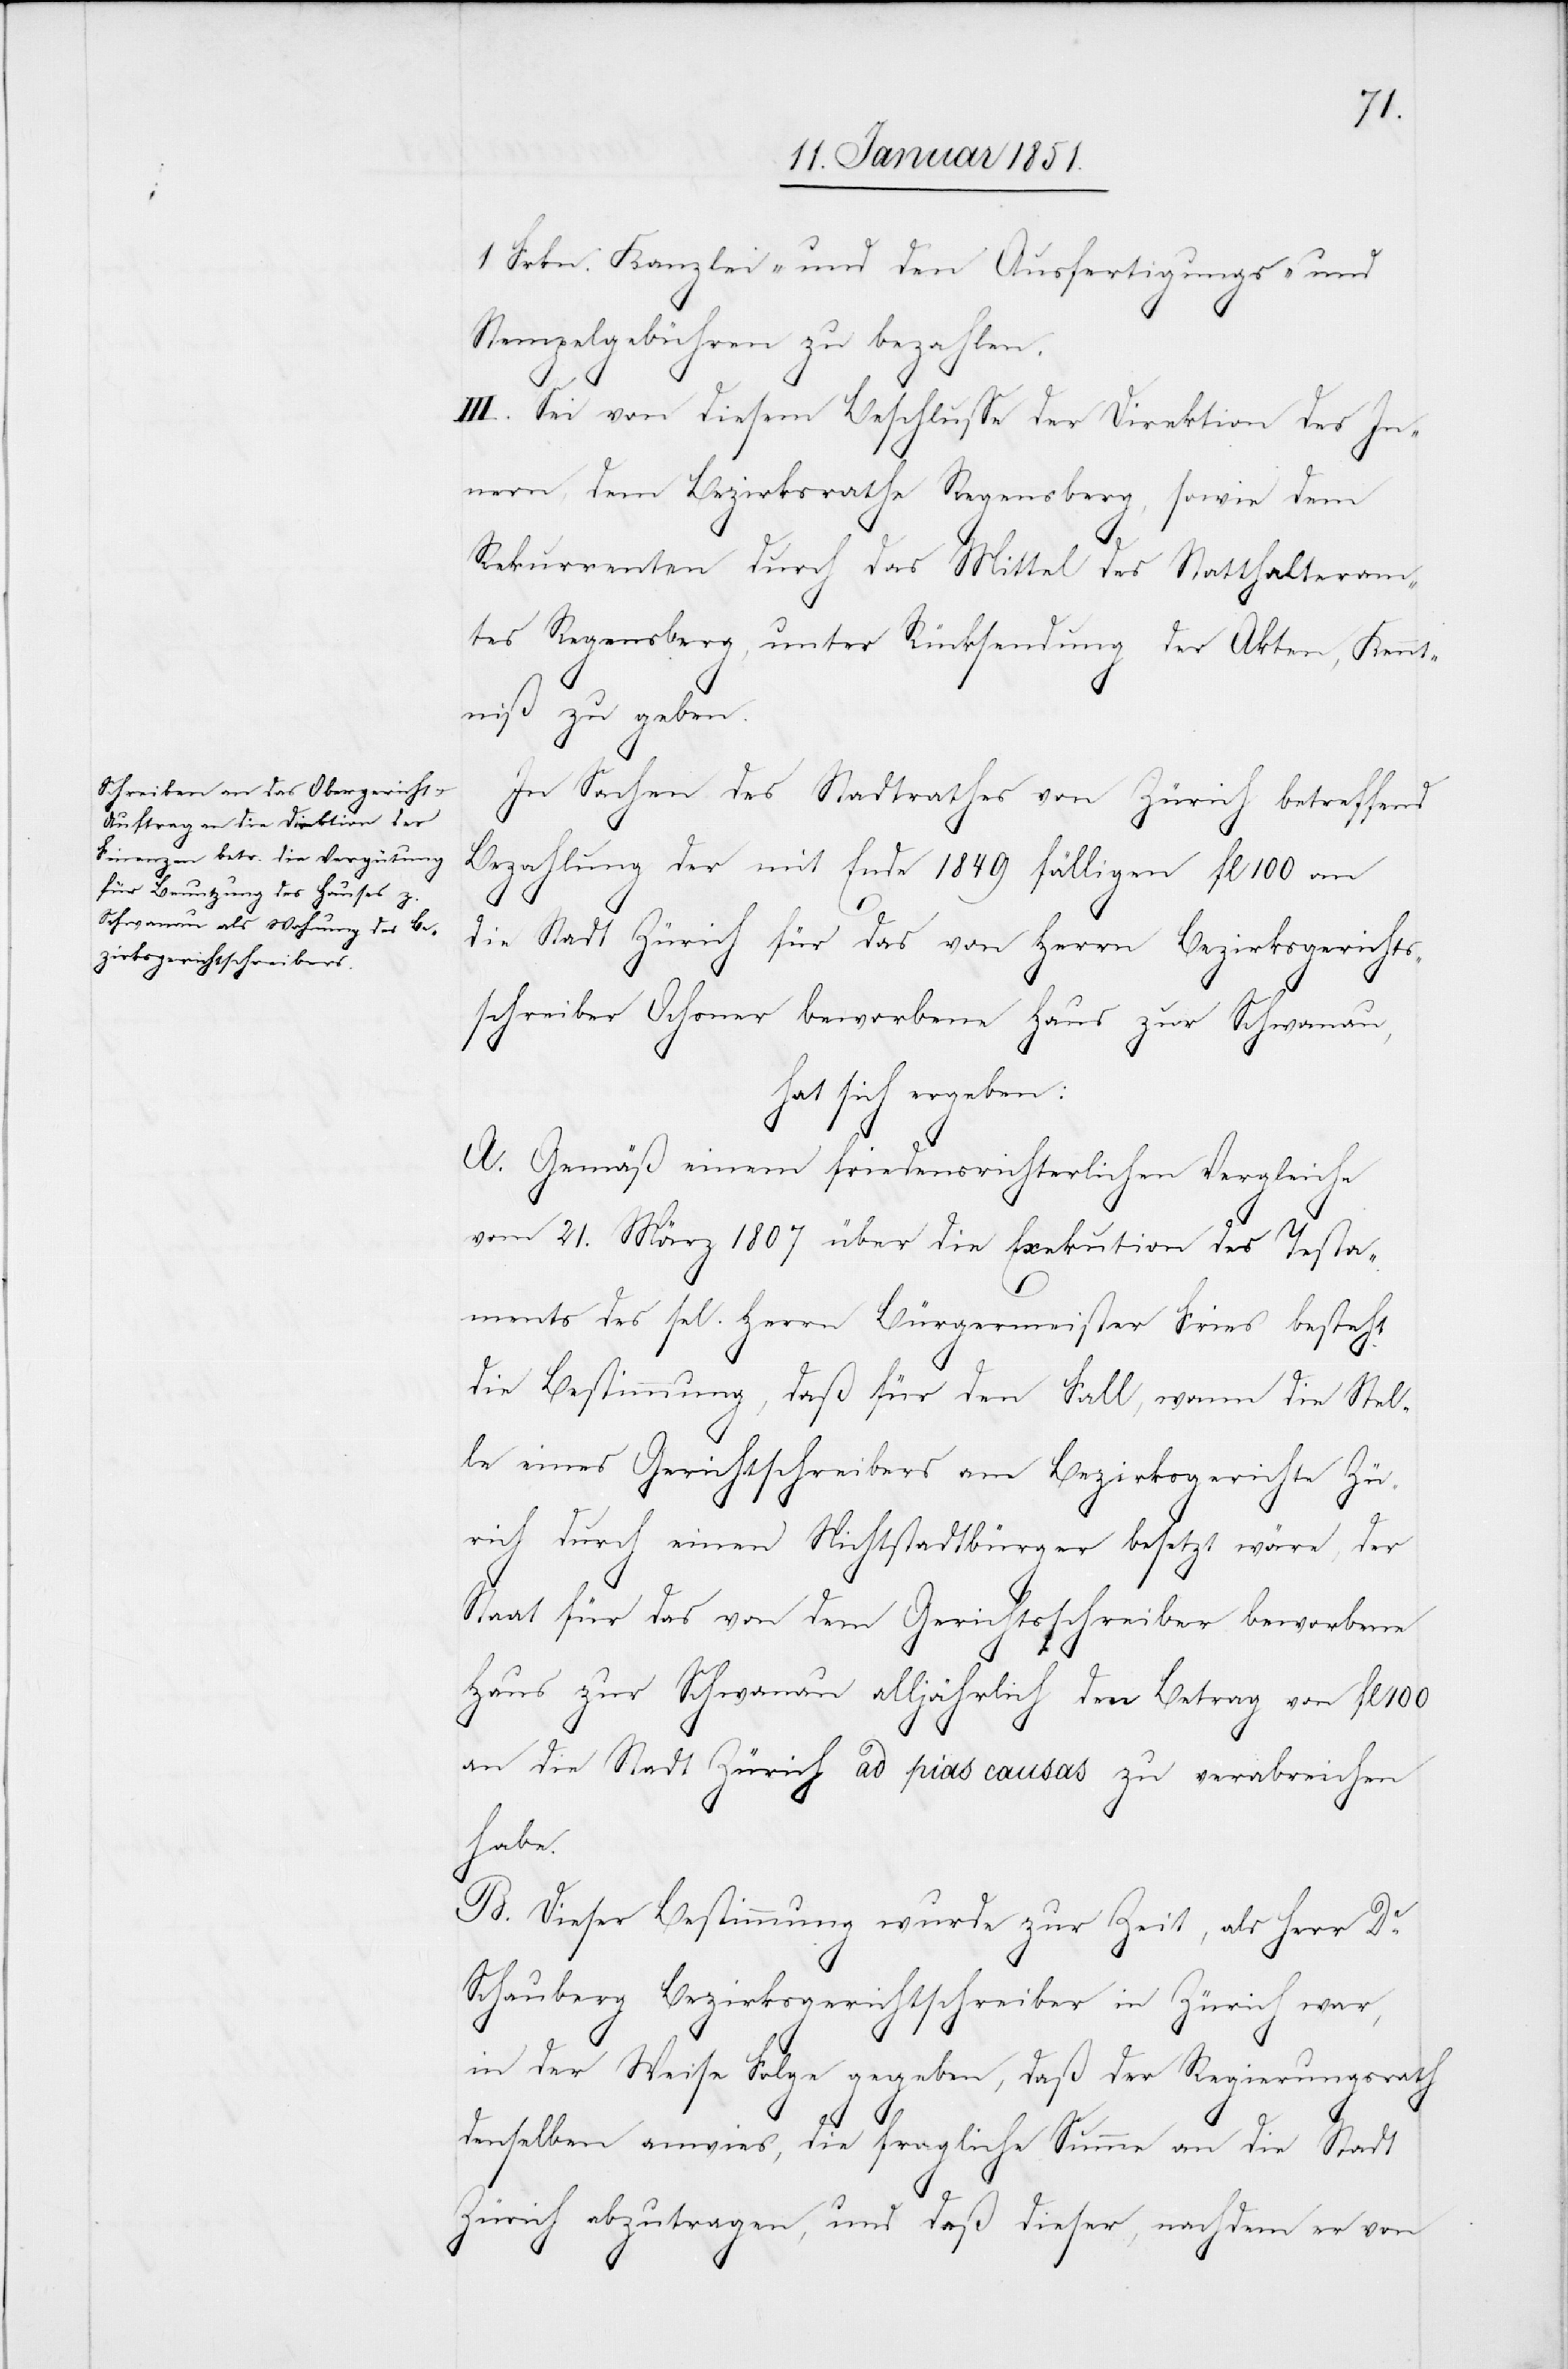
1. Frkn. Kanzlei- und den Ausfertigungs- und
Stempelgebühren zu bezahlen.
III. Sei von diesem Beschlusse der Direktion des In¬
nern, dem Bezirksrathe Regensberg, sowie dem
Rekurrenten durch das Mittel des Statthalteram¬
tes Regensberg, unter Rücksendung der Akten, Kennt¬
niß zu geben.
In Sachen des Stadtrathes von Zürich betreffend
Bezahlung der mit Ende 1849 fälligen fl 100 an
die Stadt Zürich für das von Herrn Bezirksgerichts¬
schreiber Ochsner beworbene Haus zur Schwanau,
hat sich ergeben:
A. Gemäß einem friedensrichterlichen Vergleiche
vom 21. März 1807 über die Exekution des Testa¬
ments des sel. Herrn Bürgermeister Fries besteht
die Bestimmung, daß für den Fall, wann die Stel¬
le eines Gerichtschreibers am Bezirksgerichte Zü¬
rich durch einen Nichtstadtbürger besetzt wäre, der
Staat für das von dem Gerichtsschreiber beworbene
Haus zur Schwanau alljährlich den Betrag von fl 100
an die Stadt Zürich ad pias causas zu verabreichen
habe.
B. Dieser Bestimmung wurde zur Zeit, als Herr Dr.
Schauberg Bezirksgerichtschreiber in Zürich war,
in der Weise Folge gegeben, daß der Regierungsrath
denselben anwies, die fragliche Summe an die Stadt
Zürich abzutragen, und daß dieser, nachdem er von